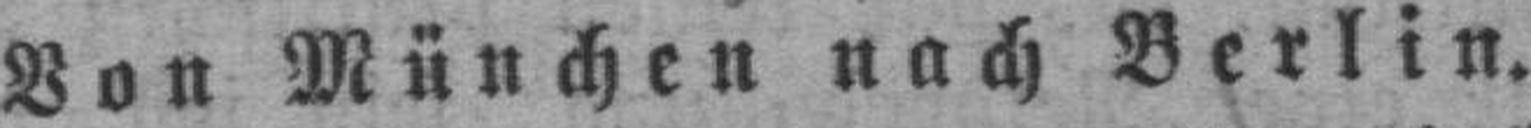
Von München nach Berlin.